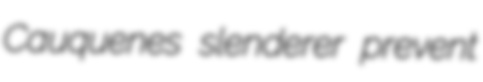
Cauquenes slenderer prevent